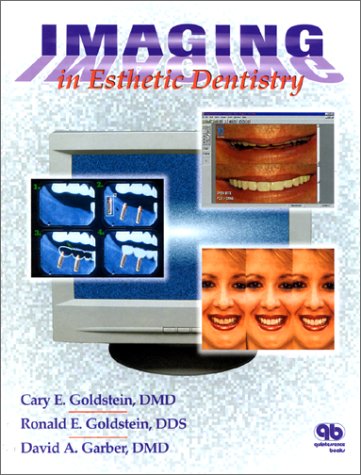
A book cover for Imaging in Esthetic Dentistry; Cary Goldstein; Medical Books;